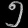
Digit: ၅